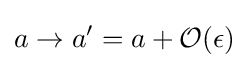
a\to a^{\prime }=a+{\mathcal {O}}(\epsilon )